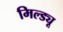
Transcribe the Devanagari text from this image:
मिल्ड्यू